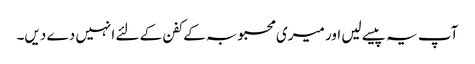
آپ یہ پیسے لیں اور میری محبوبہ کے کفن کے لئے انہیں دے دیں۔